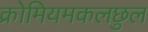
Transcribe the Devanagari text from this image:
क्रोमियमकलछुल